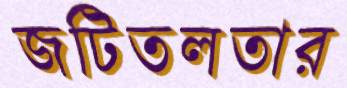
জটিতলতার